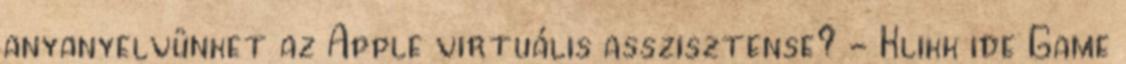
anyanyelvünket az Apple virtuális asszisztense? - Klikk ide Game